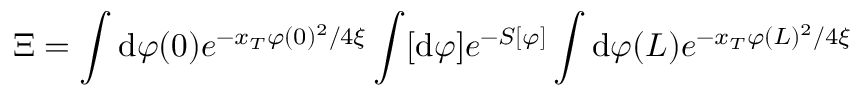
\Xi = \int \mathrm { d } \varphi ( 0 ) e ^ { - x _ { T } \varphi ( 0 ) ^ { 2 } / 4 \xi } \int [ \mathrm { d } \varphi ] e ^ { - S [ \varphi ] } \int \mathrm { d } \varphi ( L ) e ^ { - x _ { T } \varphi ( L ) ^ { 2 } / 4 \xi }